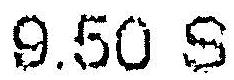
9.50 S